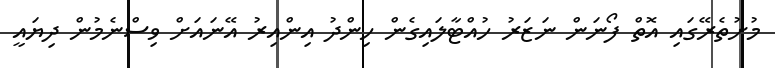
މުށުތެރޭގައި އޮތް ފޯނަން ނަޒަރު ހުއްޓާލައިގެން ހިންދު އިންއިރު އޭނައަށް ވިސްނެމުން ދިޔައީ